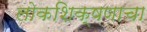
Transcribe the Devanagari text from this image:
लोकशिक्षणाचा